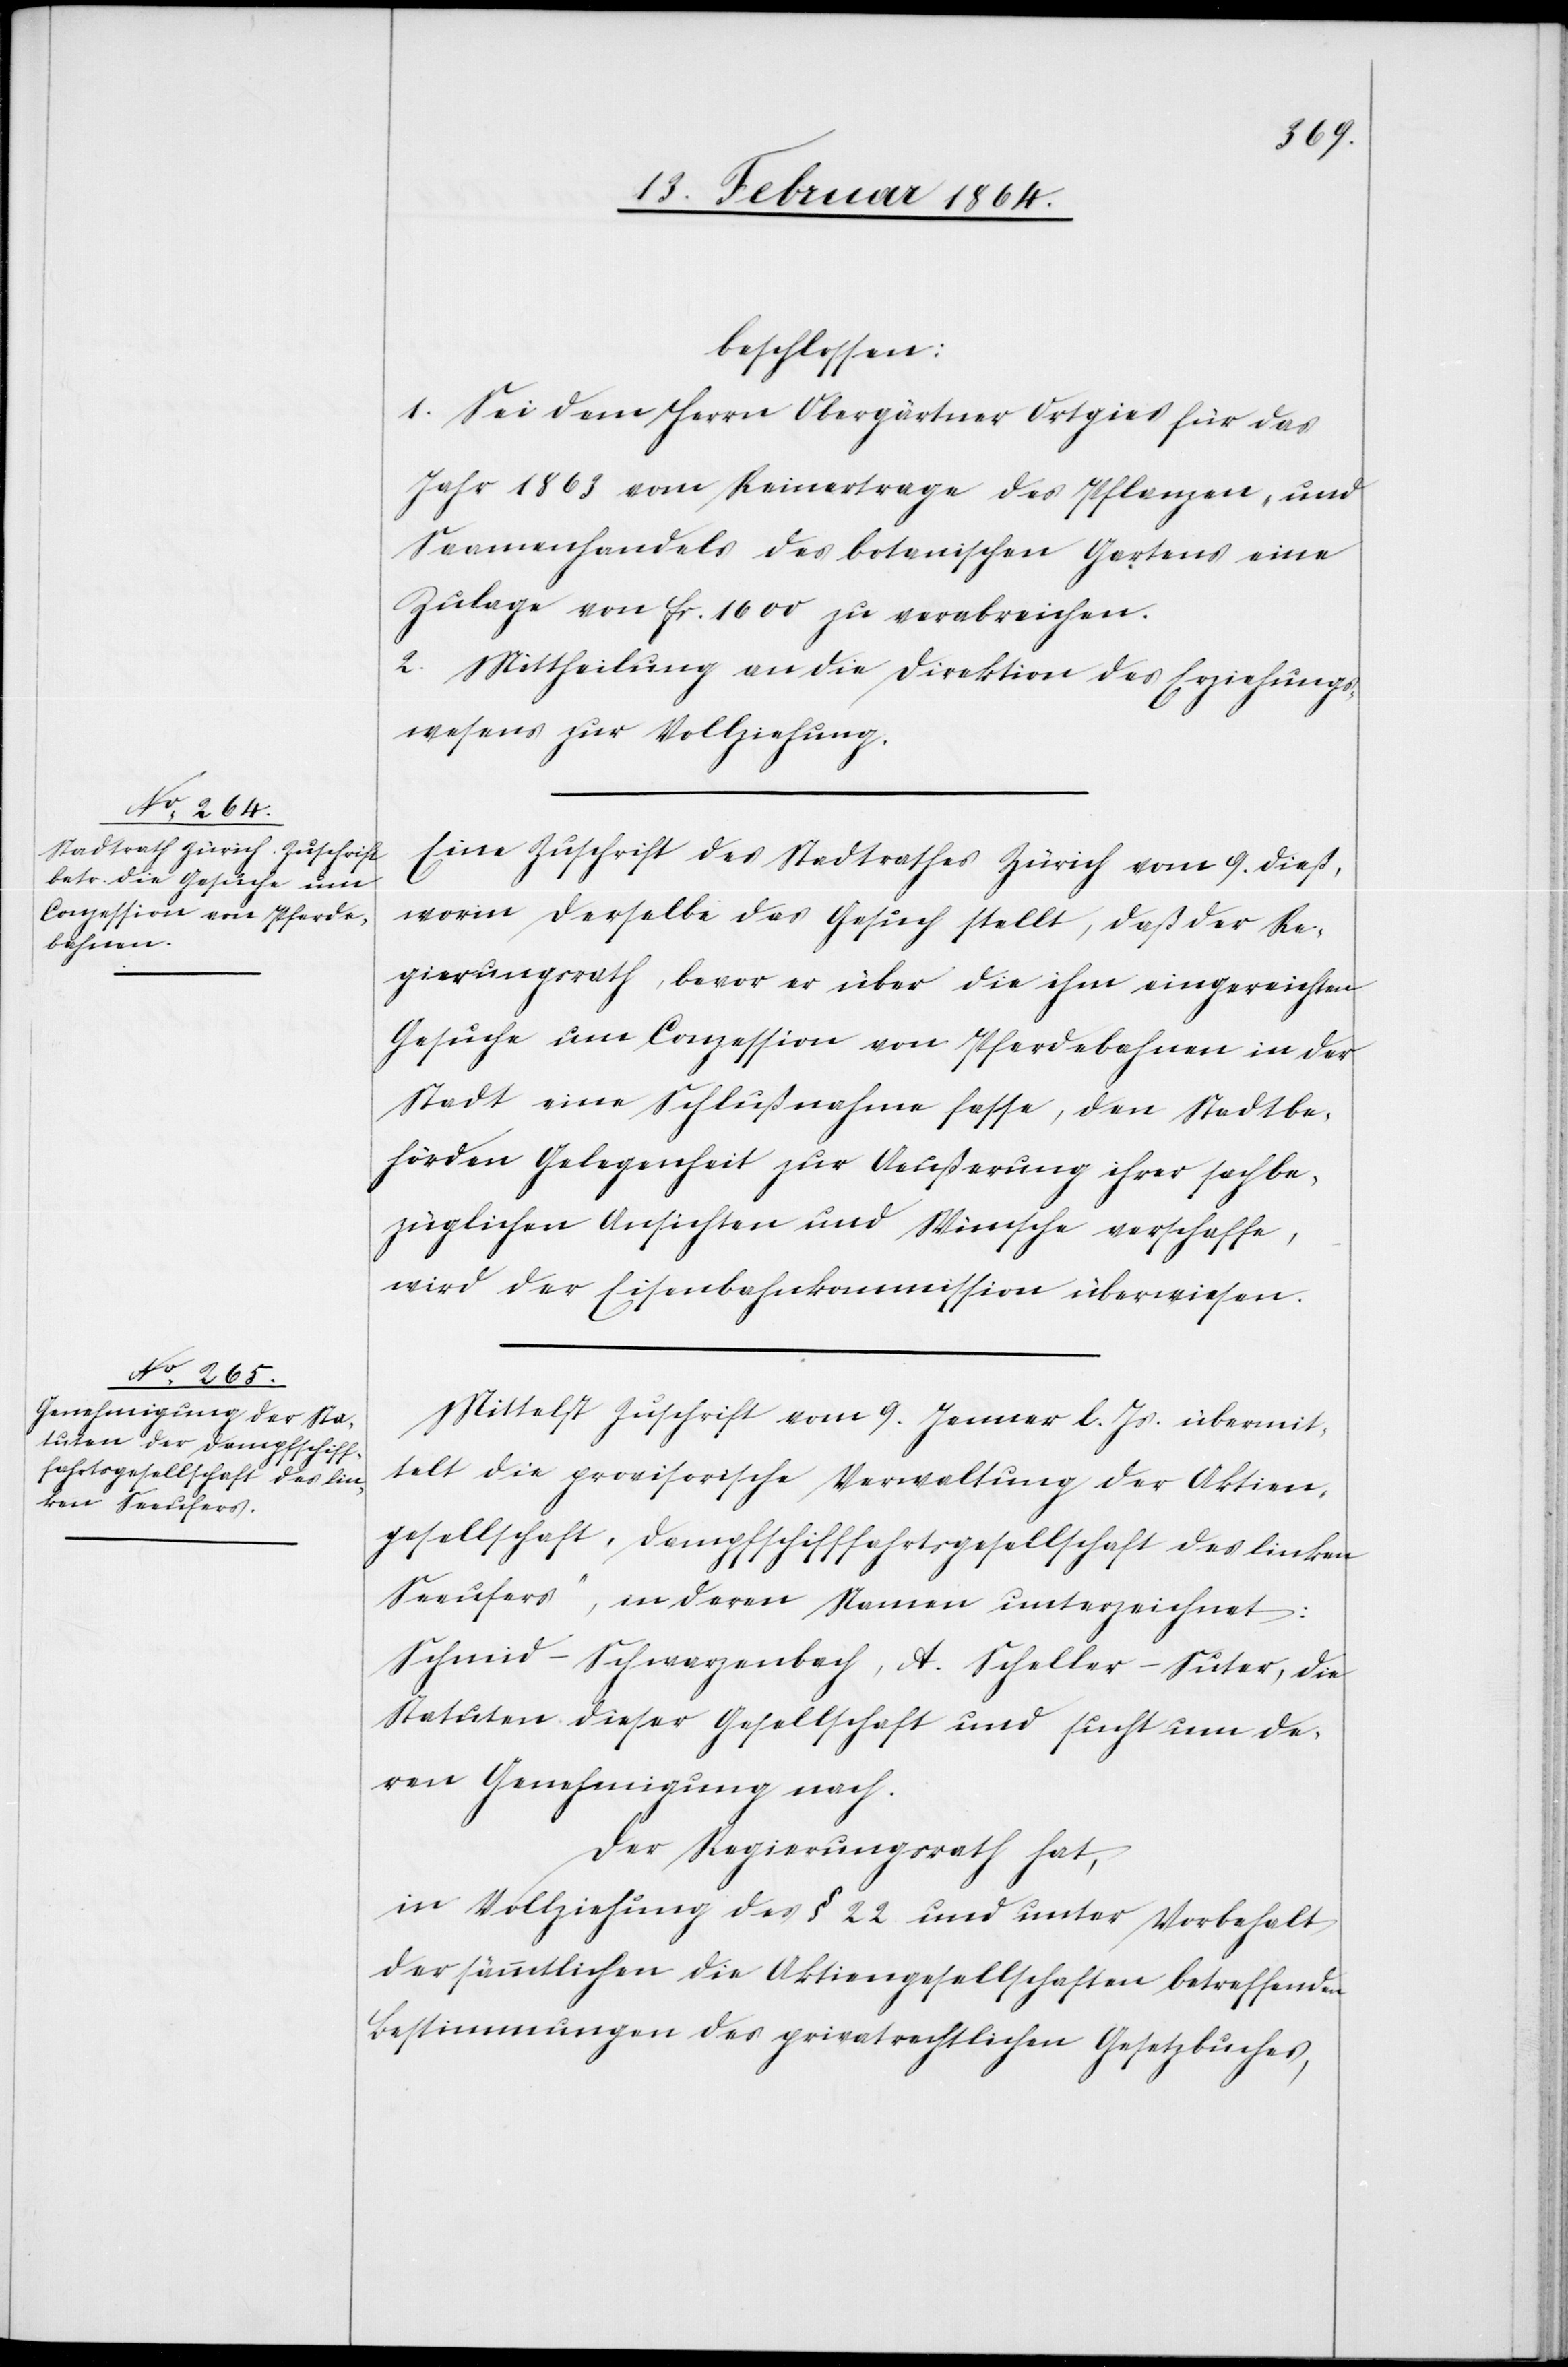
beschlossen:
1. Sei dem Herrn Obergärtner Ortgies für das
Jahr 1863 vom Reinertrage des Pflanzen- und
Saamenhandels des botanischen Gartens eine
Zulage von fr. 1600 zu verabreichen.
2. Mittheilung an die Direktion des Erziehungs¬
wesens zu Vollziehung.
Eine Zuschrift des Stadtrathes Zürich vom 9. dieß,
worin derselbe das Gesuch stellt, daß der Re¬
gierungsrath, bevor er über die ihm eingereichten
Gesuche um Conzession von Pferdebahnen in der
Stadt eine Schlußnahme fasse, den Stadtbe¬
hörden Gelegenheit zur Aeußerung ihrer sachbe¬
züglichen Ansichten und Wünsche verschaffe,
wird der Eisenbahnkommission überwiesen.
Mittelst Zuschrift vom 9. Januar l. Js. übermit¬
telt die provisorische Verwaltung der Aktien¬
gesellschaft „Dampfschifffahrtsgesellschaft des linken
Seeufers“, in deren Namen unterzeichnet:
Schmid-Schwarzenbach, A. Scheller-Suter, die
Statuten dieser Gesellschaft und sucht um de¬
ren Genehmigung nach.
Der Regierungsrath hat,
in Vollziehung des § 22 und unter Vorbehalt
der sämmtlichen die Aktiengesellschaften betreffenden
Bestimmungen des privatrechtlichen Gesetzbuches,